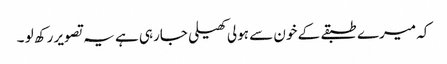
کہ میرے طبقے کے خون سے ہولی کھیلی جارہی ہے یہ تصویر رکھ لو ۔